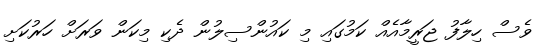
ވެސް ހިލާފު ޖަރީމާއެއް ކަމުގައި މި ކައުންސިލުން ދެކި މިކަން ވަރަށް ހަރުކަށި